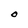
Character: O